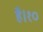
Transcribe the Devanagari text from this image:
है।१०